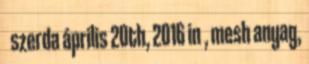
szerda április 20th, 2016 in , mesh anyag,